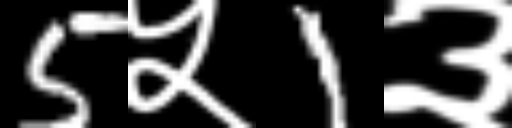
Text: 5५1३